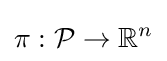
\pi :{\mathcal {P}}\to \mathbb {R} ^{n}